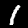
Label: 1